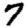
Digit: 7